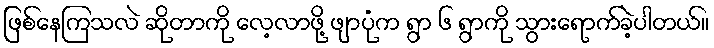
ဖြစ်နေကြသလဲ ဆိုတာကို လေ့လာဖို့ ဖျာပုံက ရွာ ၆ ရွာကို သွားရောက်ခဲ့ပါတယ်။